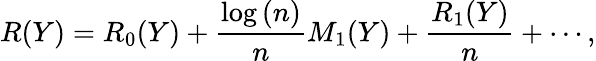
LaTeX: R(Y)=R_{0}(Y)+\frac{\log{(n)}}{n}M_{1}(Y)+\frac{R_{1}(Y)}{n}+\cdots,